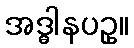
အဒ္ဓါနပဥှ။